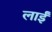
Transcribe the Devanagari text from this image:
लाईं